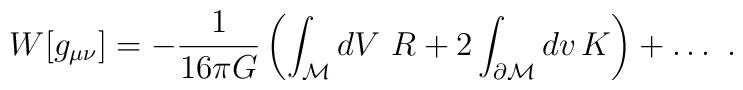
W[g_{\mu\nu}]=-{1\over 16\pi G}\left(\int_{\cal M} dV\, \, R +2\int_{\partial  {\cal M}}dv \, K\right)+\ldots \, \, .